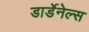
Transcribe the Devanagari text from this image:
डार्डेनेल्स